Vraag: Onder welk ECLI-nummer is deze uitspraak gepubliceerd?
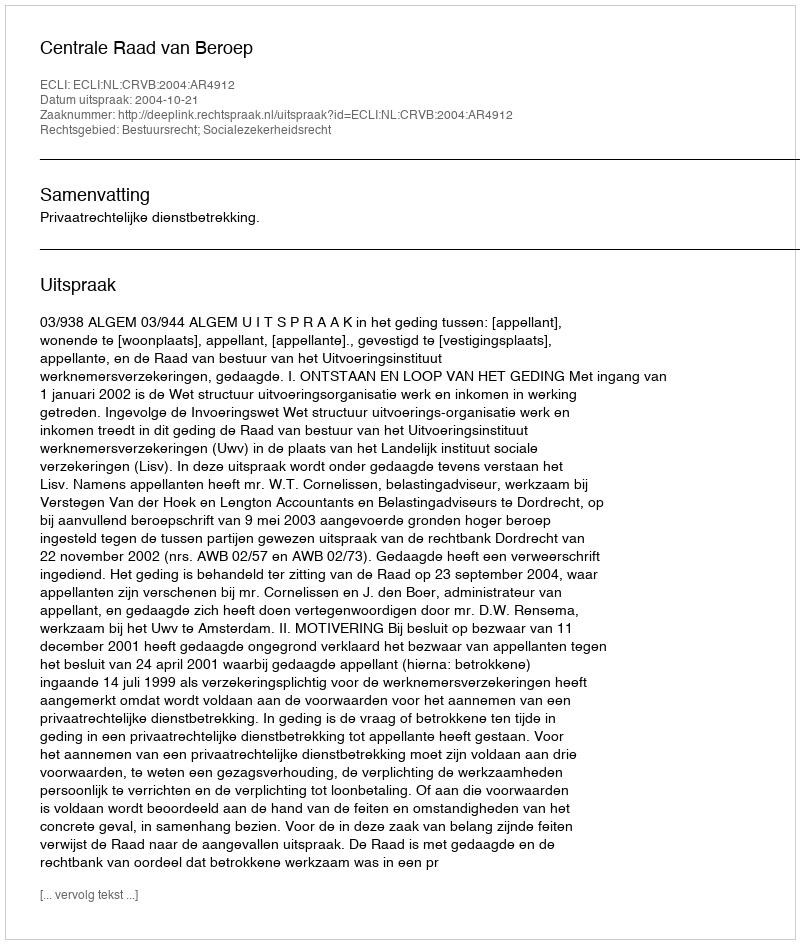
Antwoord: ECLI:NL:CRVB:2004:AR4912